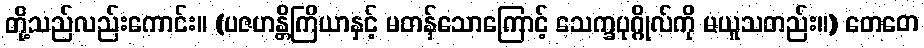
တို့သည်လည်းကောင်း။ (ပဇဟန္တိကြိယာနှင့် မတန်သောကြောင့် သေက္ခပုဂ္ဂိုလ်ကို မယူသတည်း။) တေတေ